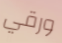
ورقي